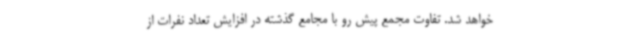
خواهد شد. تفاوت مجمع پیش رو با مجامع گذشته در افزایش تعداد نفرات از